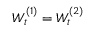
W _ { t } ^ { ( 1 ) } = W _ { t } ^ { ( 2 ) }